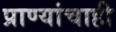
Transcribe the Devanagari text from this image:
प्राण्यांचाही